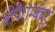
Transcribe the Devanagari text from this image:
श्रीपैराम्बदूर